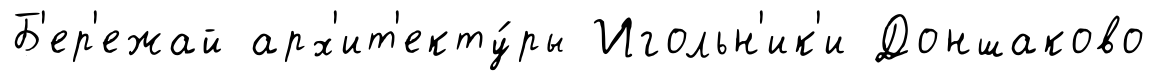
Б'ер'ежай арх'ит'екту́ры Игольн'ик'и Доншаково